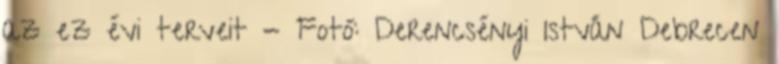
az ez évi terveit - Fotó: Derencsényi István Debrecen